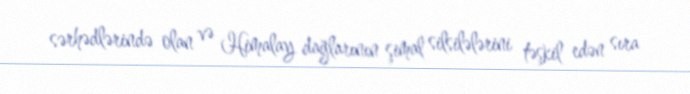
sərhədlərində olan və Himalay dağlarının şimal silsilələrini təşkil edən sıra